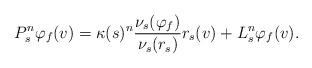
LaTeX: \begin{align*}P_s^n \varphi_f(v) = \kappa(s)^n \frac{ \nu_s(\varphi_f) }{ \nu_s(r_s) } r_s(v) + L_s^n \varphi_f(v).\end{align*}